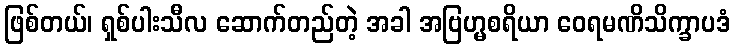
ဖြစ်တယ်၊ ရှစ်ပါးသီလ ဆောက်တည်တဲ့ အခါ အဗြဟ္မစရိယာ ဝေရမဏိသိက္ခာပဒံ